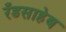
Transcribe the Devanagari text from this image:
रँडसाहेब